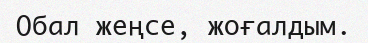
Обал жеңсе, жоғалдым.